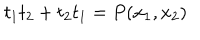
LaTeX: t _ { 1 } t _ { 2 } + t _ { 2 } t _ { 1 } = P ( x _ { 1 } , x _ { 2 } )